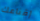
إقناعك